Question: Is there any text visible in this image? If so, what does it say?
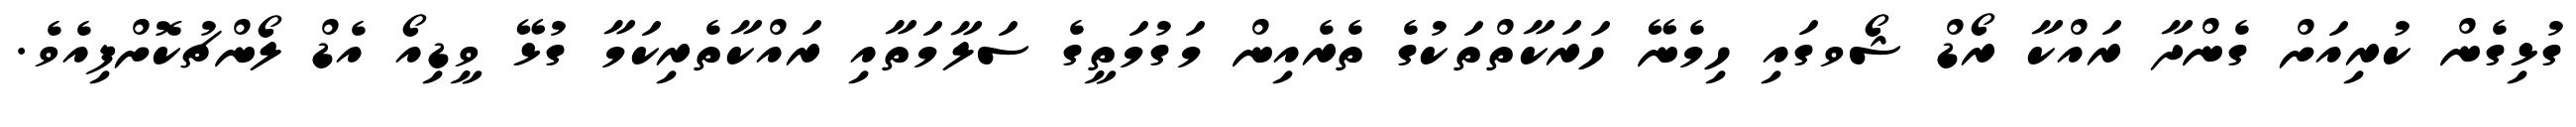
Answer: ގުޅިގެން ކުރިއަށް ގެންދާ ރައްކާ ރޯޑް ޝޯވގައި ހިމެނޭ ހަރަކާތްތަކުގެ ތެރެއިން މަގުމަތީގެ ސަލާމަތާއި ރައްކާތެރިކަމާ ގުޅޭ ވީޑިއޯ އެޑް ލޯންޗުކޮށްފިއެވެ.